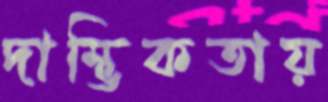
দাম্ভিকতায়